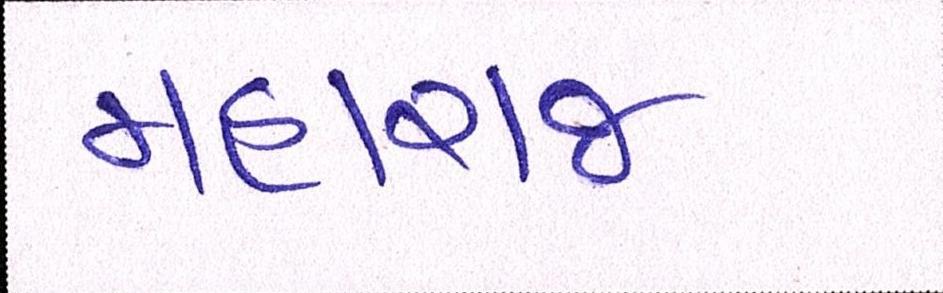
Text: મહારાજ